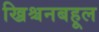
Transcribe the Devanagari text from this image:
ख्रिश्चनबहूल